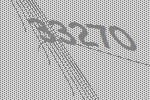
33270